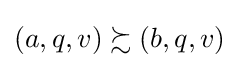
\left(a,q,v\right)\succsim \left(b,q,v\right)